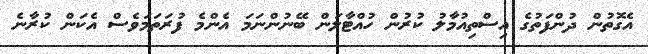
އެގޮތުން ދުންފަތުގެ އިސްތިއުމާލު ކުރުން ހުއްޓާލަން ބޭނުންނަމަ އެންމެ ފުރަތަމަވެސް އެކަން ކުރާނެ